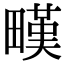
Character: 𤳉